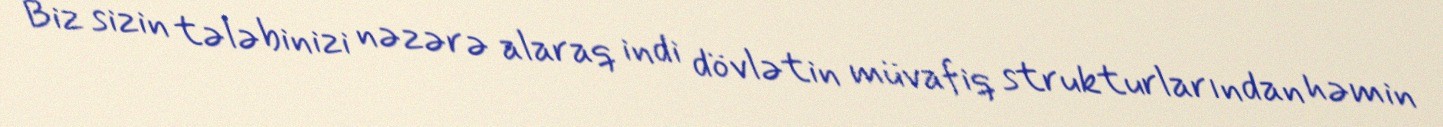
Biz sizin tələbinizi nəzərə alaraq indi dövlətin müvafiq strukturlarından həmin